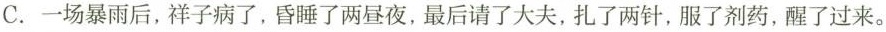
C.一场暴雨后，祥子病了，昏睡了两昼夜，最后请了大夫，扎了两针，服了剂药，醒了过来。